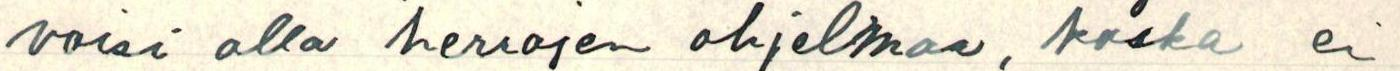
voisi olla herrojen ohjelmaa, koska ei